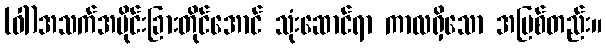
(ဝါ)အသက်အပိုင်းခြားတိုင်အောင် သုံးဆောင်ရာ ကာလရှိသော အမြစ်တည်း။